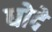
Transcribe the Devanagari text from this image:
घोदे